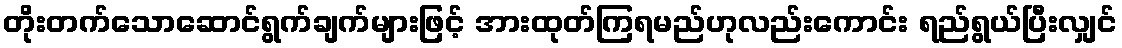
တိုးတက်သောဆောင်ရွက်ချက်များဖြင့် အားထုတ်ကြရမည်ဟုလည်းကောင်း ရည်ရွယ်ပြီးလျှင်